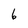
Character: 6